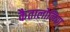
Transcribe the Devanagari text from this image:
कैतालोनिया